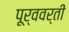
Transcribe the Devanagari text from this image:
पूर्ववर्तीं